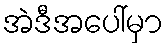
အဲဒီအပေါ်မှာ